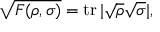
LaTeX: { \sqrt { F ( \rho , \sigma ) } } = \operatorname { t r } | { \sqrt { \rho } } { \sqrt { \sigma } } | ,